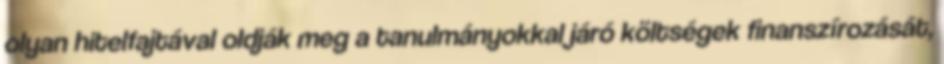
olyan hitelfajtával oldják meg a tanulmányokkal járó költségek finanszírozását,